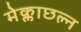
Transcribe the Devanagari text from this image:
मेक्लाछल्न